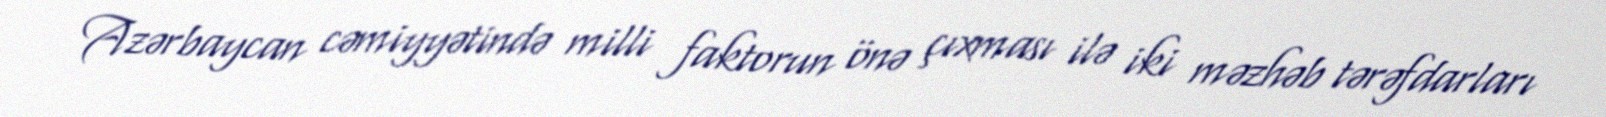
Azərbaycan cəmiyyətində milli faktorun önə çıxması ilə iki məzhəb tərəfdarları